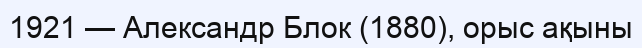
1921 — Александр Блок (1880), орыс ақыны